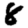
Digit: 8